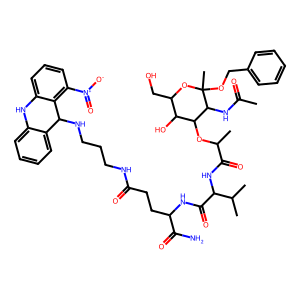
SMILES: CC(=O)NC1C(OC(C)C(=O)NC(C(=O)NC(CCC(=O)NCCCNC2c3ccccc3Nc3cccc([N+](=O)[O-])c32)C(N)=O)C(C)C)C(O)C(CO)OC1(C)OCc1ccccc1
Inhibits HIV replication: No